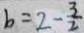
b = 2 - \frac { 3 } { 2 }